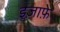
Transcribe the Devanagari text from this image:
इज़ाफ़े